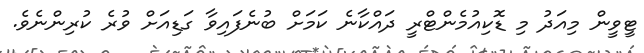
ޓީވީން މިއަދު މި ޑޮކިއުމެންޓްރީ ދައްކާނެ ކަމަށް ބުނެފައިވާ ގަޑިއަށް ވުރެ ކުރިންނެވެ.